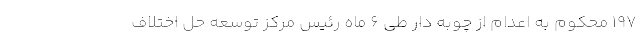
١٩٧ محکوم به اعدام از چوبه دار طی ۶ ماه رئیس مرکز توسعه حل اختلاف